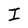
Character: I